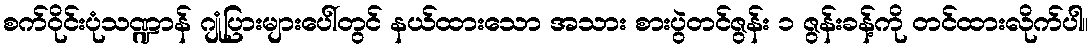
စက်ဝိုင်းပုံသဏ္ဍာန် ဂျုံပြားများပေါ်တွင် နယ်ထားသော အသား စားပွဲတင်ဇွန်း ၁ ဇွန်းခန့်ကို တင်ထားလိုက်ပါ။